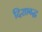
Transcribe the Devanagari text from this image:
दिशाबद्ध